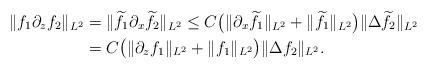
LaTeX: \begin{align*}\|f_1\partial_zf_2\|_{L^2}&=\|\widetilde{f}_1\partial_x\widetilde{f}_2\|_{L^2}\leq C\big(\|\partial_x\widetilde{f}_1\|_{L^2}+\|\widetilde{f}_1\|_{L^2}\big)\|\Delta \widetilde{f}_2\|_{L^2}\\&=C\big(\|\partial_zf_1\|_{L^2}+\|f_1\|_{L^2}\big)\|\Delta f_2\|_{L^2}.\end{align*}